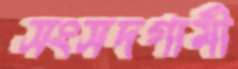
সংসদগামী